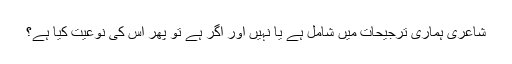
شاعری ہماری ترجیحات میں شامل ہے یا نہیں اور اگر ہے تو پھر اس كی نوعیت كیا ہے؟